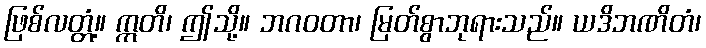
ဖြစ်လတ္တံ့။ ဣတိ၊ ဤသို့။ ဘဂဝတာ၊ မြတ်စွာဘုရားသည်။ ယဒိဘဏိတံ၊